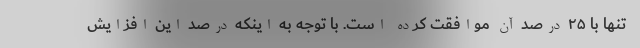
تنها با ۲۵ درصد آن موافقت کرده است. با توجه به اینکه درصد این افزایش